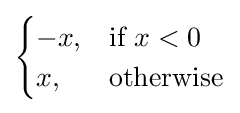
{\begin{cases}-x,&{\text{if }}x<0\\x,&{\text{otherwise}}\end{cases}}